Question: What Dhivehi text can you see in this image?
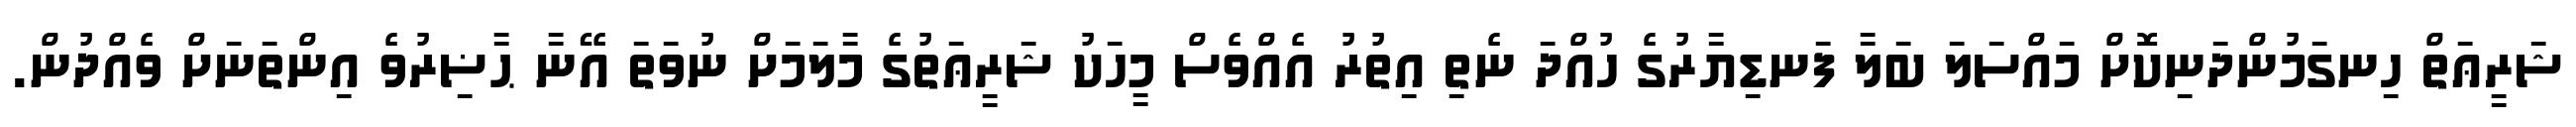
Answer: ޝަރީޢަތް ހިނގަމުންދަނިކޮށް މައްސަލަ ބަލާ ފަނޑިޔާރުގެ ހުއްދަ ނެތި އިތުރު އެއްވެސް މީހަކު ޝަރީޢަތުގެ މާލަމަށް ނުވަތަ އޭނާ ޙާޟިރުވެ އިންތަނަށް ވެއްދުން.